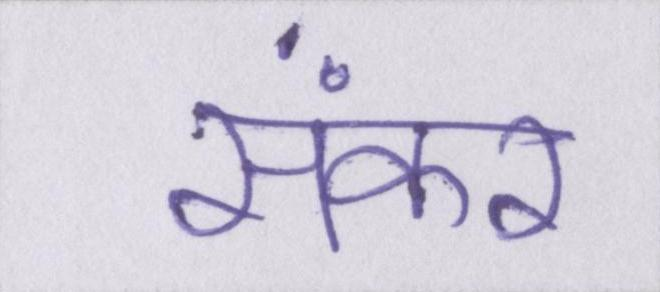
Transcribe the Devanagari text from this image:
संकर